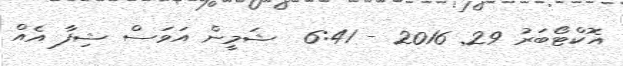
އޮކްޓޯބަރު 29